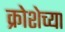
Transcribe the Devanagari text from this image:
क्रोशेच्या